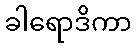
ခါရောဒိကာ